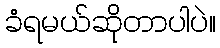
ခံရမယ်ဆိုတာပါပဲ။